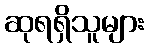
ဆုရရှိသူများ